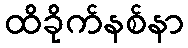
ထိခိုက်နစ်နာ